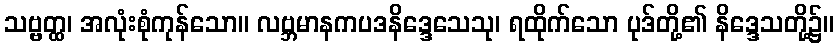
သဗ္ဗတ္ထ၊ အလုံးစုံကုန်သော။ လဗ္ဘမာနကပဒနိဒ္ဒေသေသု၊ ရထိုက်သော ပုဒ်တို့၏ နိဒ္ဒေသတို့၌။